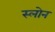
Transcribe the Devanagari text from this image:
स्‍लोन